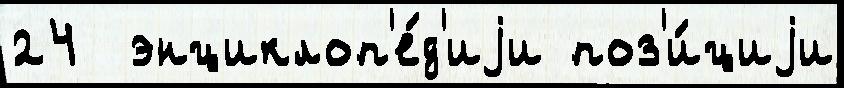
24  энциклоп'е́д'иjи поз'и́циjи